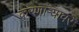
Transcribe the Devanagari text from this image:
करणार्‍यावर